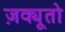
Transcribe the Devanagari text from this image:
ज़क्यूतो